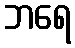
ဘရေ